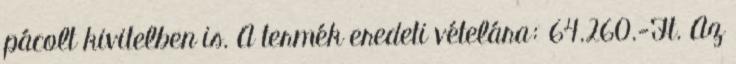
pácolt kivitelben is. A termék eredeti vételára: 64.260.-Ft. Az